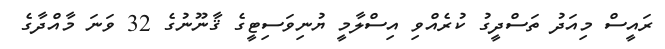
ރައީސް މިއަދު ތަސްދީގު ކުރެއްވި އިސްލާމީ ޔުނިވަސިޓީގެ ޤާނޫނުގެ 32 ވަނަ މާއްދާގެ